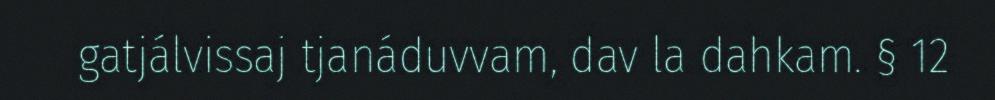
gatjálvissaj tjanáduvvam, dav la dahkam. § 12